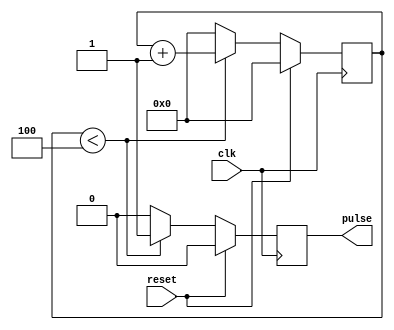
module SyncPulseGenerator(
    input wire clk,
    input wire reset,
    output reg pulse
);

reg [7:0] counter;

always @(posedge clk) begin
    if (reset) begin
        counter <= 8'b0;
        pulse <= 1'b0;
    end else begin
        if (counter < 8'd4) begin
            counter <= counter + 1;
            pulse <= 1'b1;
        end else begin
            counter <= 8'b0;
            pulse <= 1'b0;
        end
    end
end

endmodule